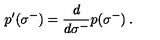
\: p ^ { \prime } ( \sigma ^ { - } ) = \frac { d } { d \sigma ^ { - } } p ( \sigma ^ { - } ) \: .